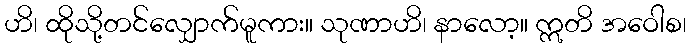
ဟိ၊ ထိုသို့တင်လျှောက်မူကား။ သုဏာဟိ၊ နာလော့။ ဣတိ အဝေါစ၊